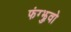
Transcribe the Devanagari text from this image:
फंग्झुवो